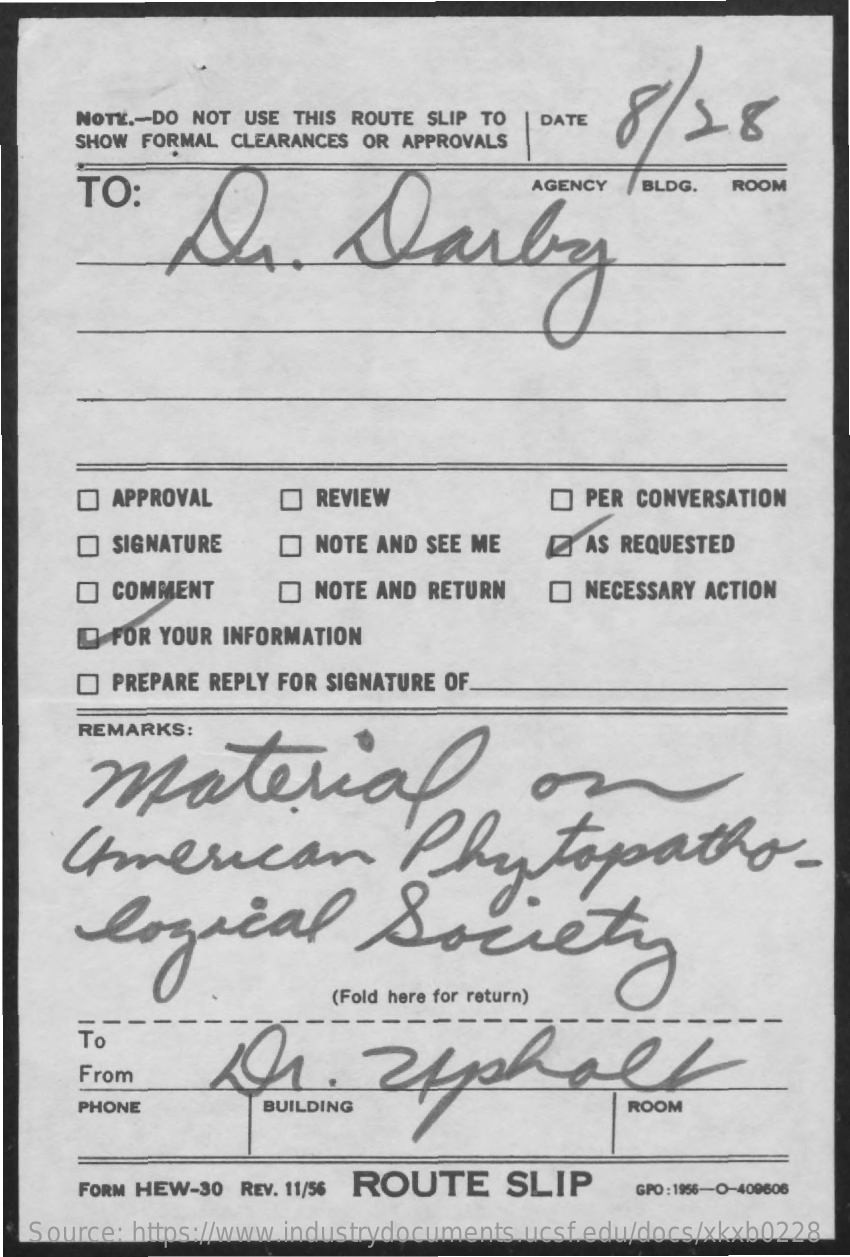
NOTE .- DO NOT USE THIS ROUTE SLIP TO DATE   58
     SHOW FORMAL CLEARANCES OR APPROVALS
     TO:
     Dr.    Daily
     BLDG.  ROOM
     APPROVAL    REVIEW    PER CONVERSATION
     SIGNATURE    NOTE AND SEE ME    AS REQUESTED
     O COMMENT    NOTE AND RETURN    NECESSARY ACTION
     FOR YOUR INFORMATION
     PREPARE REPLY FOR SIGNATURE OF
     REMARKS:
     material
     American    Phytopatho-
     logical    Society
     (Fold here for return)
     To
     Dr.    zeshalk
     ----
     From
     PHONE    BUILDING    ROOM
     FORM HEW-30 REV. 11/56 ROUTE    SLIP    GPO : 1956-0-409606
   Source: https://www.industrydocuments.ucsf.edu/docs/xkxb0228